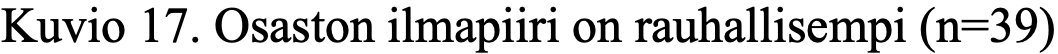
Kuvio 17. Osaston ilmapiiri on rauhallisempi (n=39)